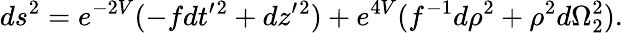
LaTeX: ds^{2}=e^{-2V}(-fdt^{\prime}{}^{2}+dz^{\prime}{}^{2})+e^{4V}(f^{-1}d\rho^{2}+\rho^{2}d\Omega_{2}^{2}).